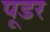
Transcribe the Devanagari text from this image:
पूडर